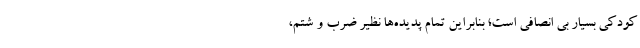
کودکی بسیار بی انصافی است؛ بنابراین تمام پدیده‌ها نظیر ضرب و شتم،